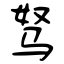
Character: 驽